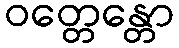
ဝတ္တေန္တော